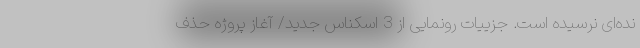
نده‌ای نرسیده است. جزییات رونمایی از 3 اسکناس‌ جدید/ آغاز پروژه حذف